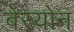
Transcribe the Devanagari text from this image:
बेरयोन